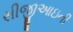
સીજીઆઇની